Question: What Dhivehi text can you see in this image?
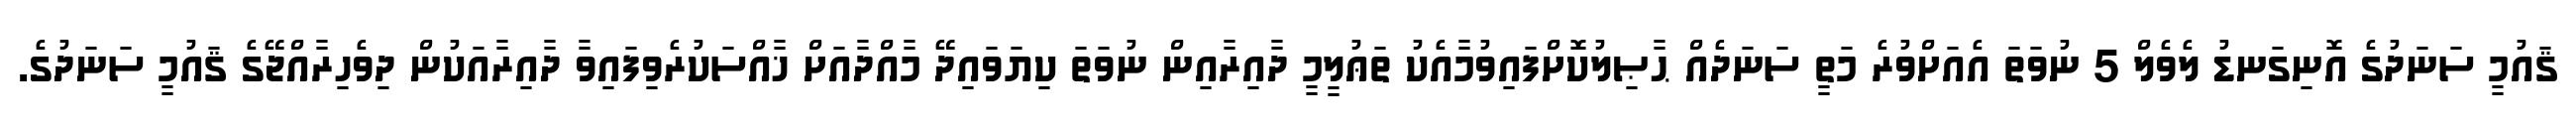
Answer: ޤައުމީ ސަނަދުގެ އޮނިގަނޑު ލެވެލް 5 ނުވަތަ އެއަށްވުރެ މަތީ ސަނަދެއް ޙާޞިލުކޮށްފައިވުމާއެކު ތަޢުލީމީ ދާއިރާއިން ނުވަތަ ކިޔަވައިދޭ މާއްދާއަށް ޚާއްސަކުރެވިފައިވާ ދާއިރާއަކުން ދިވެހިރާއްޖޭގެ ޤައުމީ ސަނަދުގެ.